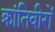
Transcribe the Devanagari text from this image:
क्रांतिवीरों